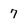
Character: 7